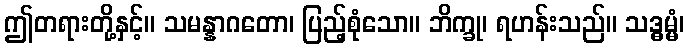
ဤတရားတို့နှင့်။ သမန္နာဂတော၊ ပြည့်စုံသော။ ဘိက္ခု၊ ရဟန်းသည်။ သဒ္ဓမ္မံ၊